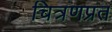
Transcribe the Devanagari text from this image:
चित्रणप्रत